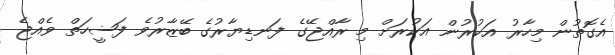
އެގޮތުން މިހާރު އަކުރުން އަކުރަށް މި ރާއްޖޭގެ ފަނޑިޔާރުގެ ބޭޒާރުވެ ފަޟީހަތް ވެއްޖެ